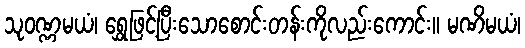
သုဝဏ္ဏမယံ၊ ရွှေဖြင့်ပြီးသောစောင်းတန်းကိုလည်းကောင်း။ မဏိမယံ၊